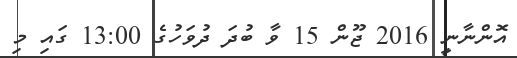
އޮންނާނީ 2016 ޖޫން 15 ވާ ބުދަ ދުވަހުގެ 13:00 ގައި މި